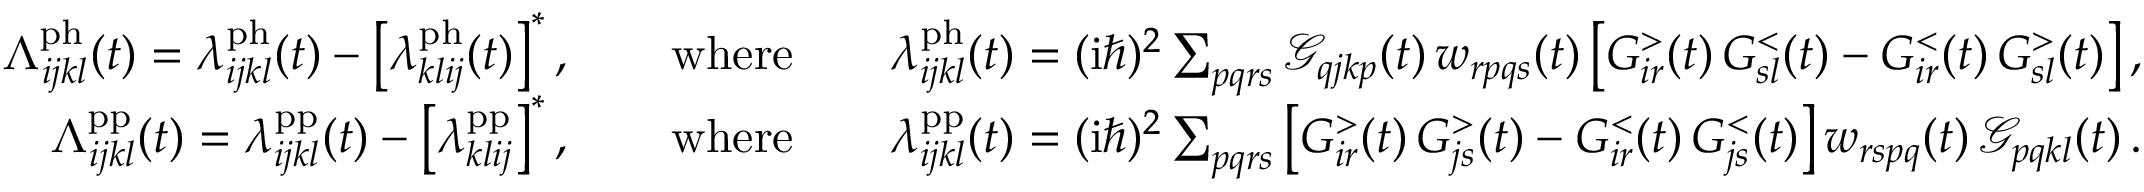
\begin{array} { r } { \Lambda _ { i j k l } ^ { \mathrm { p h } } ( t ) = \lambda _ { i j k l } ^ { \mathrm { p h } } ( t ) - \left[ \lambda _ { k l i j } ^ { \mathrm { p h } } ( t ) \right] ^ { * } , \qquad \mathrm { w h e r e } \qquad \lambda _ { i j k l } ^ { \mathrm { p h } } ( t ) = ( \mathrm { i } \hbar ) ^ { 2 } \sum _ { p q r s } \mathcal { G } _ { q j k p } ( t ) \, w _ { r p q s } ( t ) \left[ G _ { i r } ^ { > } ( t ) \, G _ { s l } ^ { < } ( t ) - G _ { i r } ^ { < } ( t ) \, G _ { s l } ^ { > } ( t ) \right] , } \\ { \Lambda _ { i j k l } ^ { \mathrm { p p } } ( t ) = \lambda _ { i j k l } ^ { \mathrm { p p } } ( t ) - \left[ \lambda _ { k l i j } ^ { \mathrm { p p } } \right] ^ { * } , \qquad \mathrm { w h e r e } \qquad \lambda _ { i j k l } ^ { \mathrm { p p } } ( t ) = ( \mathrm { i } \hbar ) ^ { 2 } \sum _ { p q r s } \left[ G _ { i r } ^ { > } ( t ) \, G _ { j s } ^ { > } ( t ) - G _ { i r } ^ { < } ( t ) \, G _ { j s } ^ { < } ( t ) \right] w _ { r s p q } ( t ) \, \mathcal { G } _ { p q k l } ( t ) \, . } \end{array}